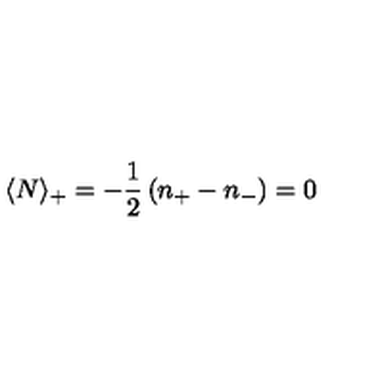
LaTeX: \langle N \rangle _ { + } = - \frac { 1 } { 2 } \left( n _ { + } - n _ { - } \right) = 0